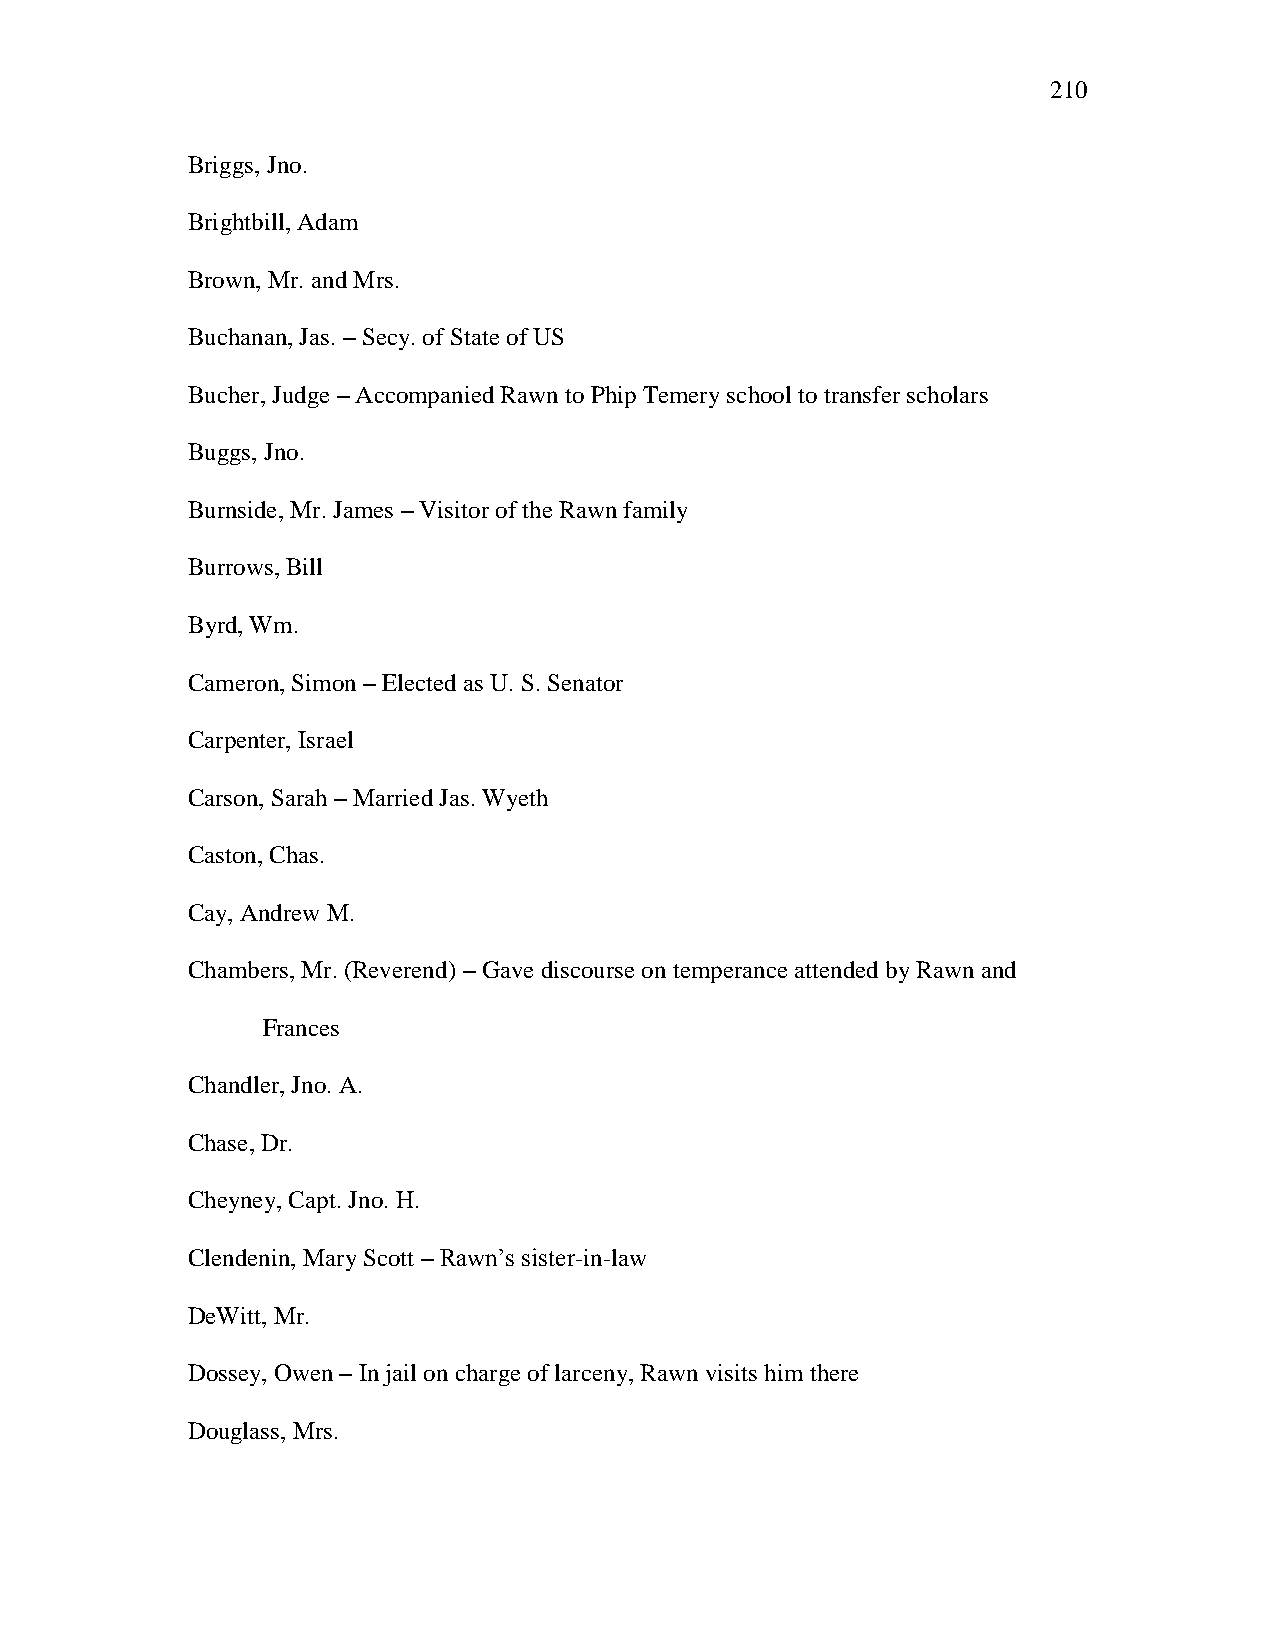
210
 Briggs, Jno.
 Brightbill, Adam
 Brown, Mr. and Mrs.
 Buchanan, Jas. – Secy. of State of US
 Bucher, Judge – Accompanied Rawn to Phip Temery school to transfer scholars
 Buggs, Jno.
 Burnside, Mr. James – Visitor of the Rawn family
 Burrows, Bill
 Byrd, Wm.
 Cameron, Simon – Elected as U. S. Senator
 Carpenter, Israel
 Carson, Sarah – Married Jas. Wyeth
 Caston, Chas.
 Cay, Andrew M.
 Chambers, Mr. (Reverend) – Gave discourse on temperance attended by Rawn and
 Frances
 Chandler, Jno. A.
 Chase, Dr.
 Cheyney, Capt. Jno. H.
 Clendenin, Mary Scott – Rawn‘s sister-in-law
 DeWitt, Mr.
 Dossey, Owen – In jail on charge of larceny, Rawn visits him there
 Douglass, Mrs.